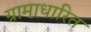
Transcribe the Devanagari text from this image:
ग्रामाधारित